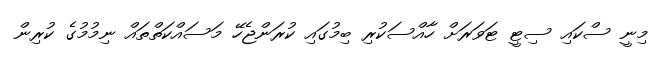
މިނީ ސްކައި ސިޓީ ޓަވަރަށް ހާއްސަކުރި ބިމުގައި ކުރަންޖެހޭ މަސައްކަތްތައް ނިމުމުގެ ކުރިން